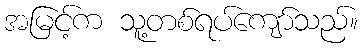
အမြင့်က သူ့တစ်ရပ်ကျော်သည်။